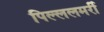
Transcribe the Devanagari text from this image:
पिल्ललमर्री